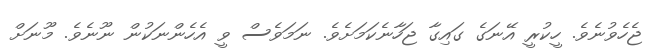
ޖެހެވުނެވެ. ހީކުރީ އޭނަގެ ގައިގާ ޖަހާނެކަމަށެވެ. ނަމަވެސް ވީ އެހެންނަކުން ނޫނެވެ. މޫނަށް